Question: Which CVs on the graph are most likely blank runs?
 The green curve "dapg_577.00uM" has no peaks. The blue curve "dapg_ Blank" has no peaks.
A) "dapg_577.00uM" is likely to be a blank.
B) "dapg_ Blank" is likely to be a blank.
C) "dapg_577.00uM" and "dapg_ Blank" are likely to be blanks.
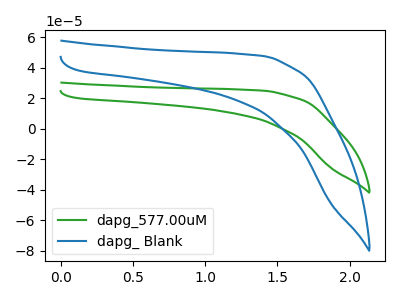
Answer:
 <answer>C) "dapg_577.00uM" and "dapg_ Blank" are likely to be blanks.</answer>
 <eval>C</eval>